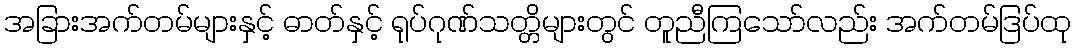
အခြားအက်တမ်များနှင့် ဓာတ်နှင့် ရုပ်ဂုဏ်သတ္တိများတွင် တူညီကြသော်လည်း အက်တမ်ဒြပ်ထု